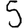
Digit: 5